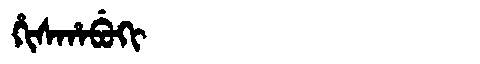
Manchu: ᡥᡳᠰᡥᠠᠪᡠᡴᡳ
Romanization: HISHABUKI